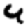
Digit: 4